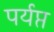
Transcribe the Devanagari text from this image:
पर्यप्त